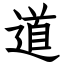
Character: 道